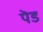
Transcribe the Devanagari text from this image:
पॆड